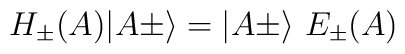
H_\pm (A)\vert A\pm\rangle =\vert A\pm\rangle\ E_\pm (A)